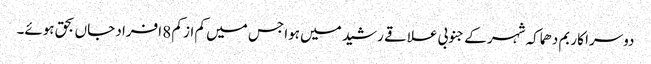
دوسرا کار بم دھماکہ شہر کے جنوبی علاقے رشید میں ہوا جس میں کم از کم 8 افراد جاں بحق ہوئے۔